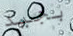
بجيد